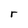
Character: r